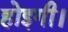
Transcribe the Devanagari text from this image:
होइगी।